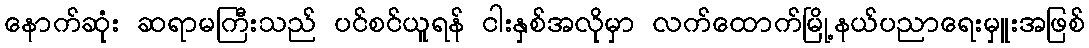
နောက်ဆုံး ဆရာမကြီးသည် ပင်စင်ယူရန် ငါးနှစ်အလိုမှာ လက်ထောက်မြို့နယ်ပညာရေးမှူးအဖြစ်